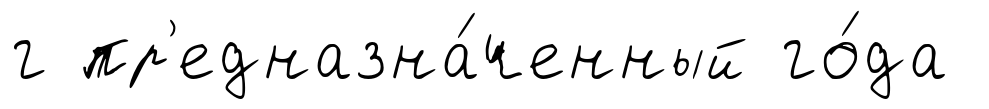
г пр'едназна́ченный го́да